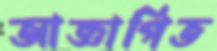
আজ্ঞাপিত